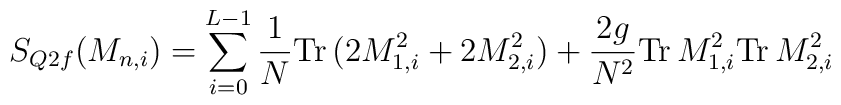
S_{Q2f} (M_{n,i} ) = \sum_{i=0}^{L-1} \frac{1}{N} \mbox{Tr} \,(2M_{1,i}^2 + 2M_{2,i}^2 )+ \frac{2g}{N^2 } \mbox{Tr} \, M_{1,i}^2 \mbox{Tr} \, M_{2,i}^2